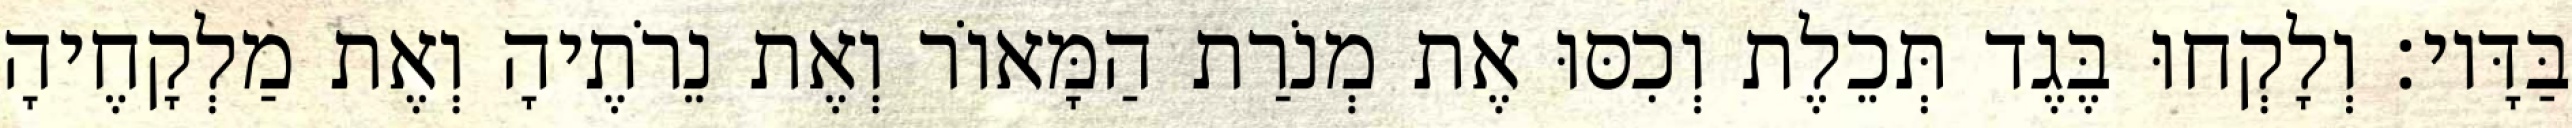
בַּדָּיו׃ וְלָקְחוּ בֶּגֶד תְּכֵלֶת וְכִסּוּ אֶת מְנֹרַת הַמָּאוֹר וְאֶת נֵרֹתֶיהָ וְאֶת מַלְקָחֶיהָ